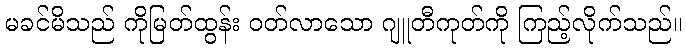
မခင်မိသည် ကိုမြတ်ထွန်း ဝတ်လာသော ဂျူတီကုတ်ကို ကြည့်လိုက်သည်။